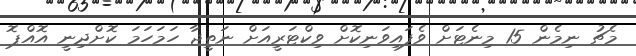
މެޗު ނިމެން 15 މިނެޓަށް ވެފައިވަނިކޮށް ވިކްޓަރީއަށް ނަތީޖާ ހަމަހަމަ ކޮށްދިނީ އޮއްޕޮ